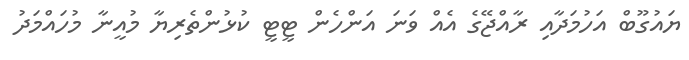
ޔައުގޫބް އަހުމަދާއި ރާއްޖޭގެ އެއް ވަނަ އަންހެން ޓީޓީ ކުޅުންތެރިޔާ މުއީނާ މުހައްމަދު